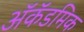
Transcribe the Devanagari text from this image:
अॅकॅडमिक